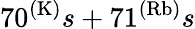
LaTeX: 70^{(\mathrm{K)}}s+71^{(\mathrm{Rb)}}s